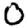
Digit: 0